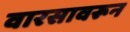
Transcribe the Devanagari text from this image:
वारसावरून